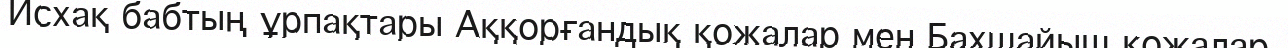
Исхақ бабтың ұрпақтары Аққорғандық қожалар мен Бахшайыш қожалар.